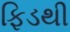
ફિડથી